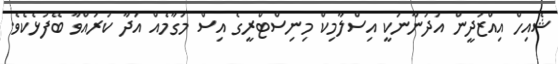
ޝެއިހް އިއްޒުދީން އަދުނާނަކީ އިސްލާމިކް މިނިސްޓްރީގެ އިސް މަގާމެއް އަދާ ކުރައްވާ ބޭފުޅެކެވެ.